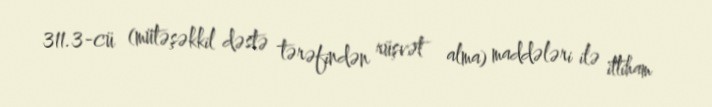
311.3-cü (mütəşəkkil dəstə tərəfindən rüşvət alma) maddələri ilə ittiham